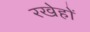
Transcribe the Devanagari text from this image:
रखेहों